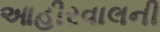
આહીરવાલની